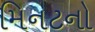
મિનટનો